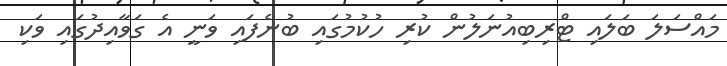
މައްސަލަ ބަލައި ޓްރިބިއުނަލުން ކުރި ހުކުމުގައި ބުނެފައި ވަނީ އެ ގަވާއިދުގައި ވަކި